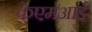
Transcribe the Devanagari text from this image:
केएमआई